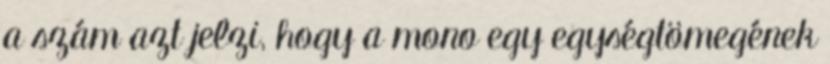
a szám azt jelzi, hogy a mono egy egységtömegének